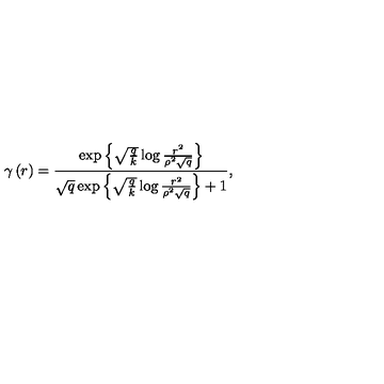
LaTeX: \gamma \left( r \right) = \frac { \exp \left\{ \sqrt { \frac { q } { k } } \log \frac { r ^ { 2 } } { \rho ^ { 2 } \sqrt { q } } \right\} } { \sqrt { q } \exp \left\{ \sqrt { \frac { q } { k } } \log \frac { r ^ { 2 } } { \rho ^ { 2 } \sqrt { q } } \right\} + 1 } ,